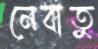
নেবাতু